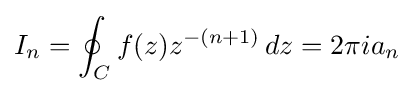
I_{n}=\oint _{C}f(z)z^{-(n+1)}\,dz=2\pi ia_{n}